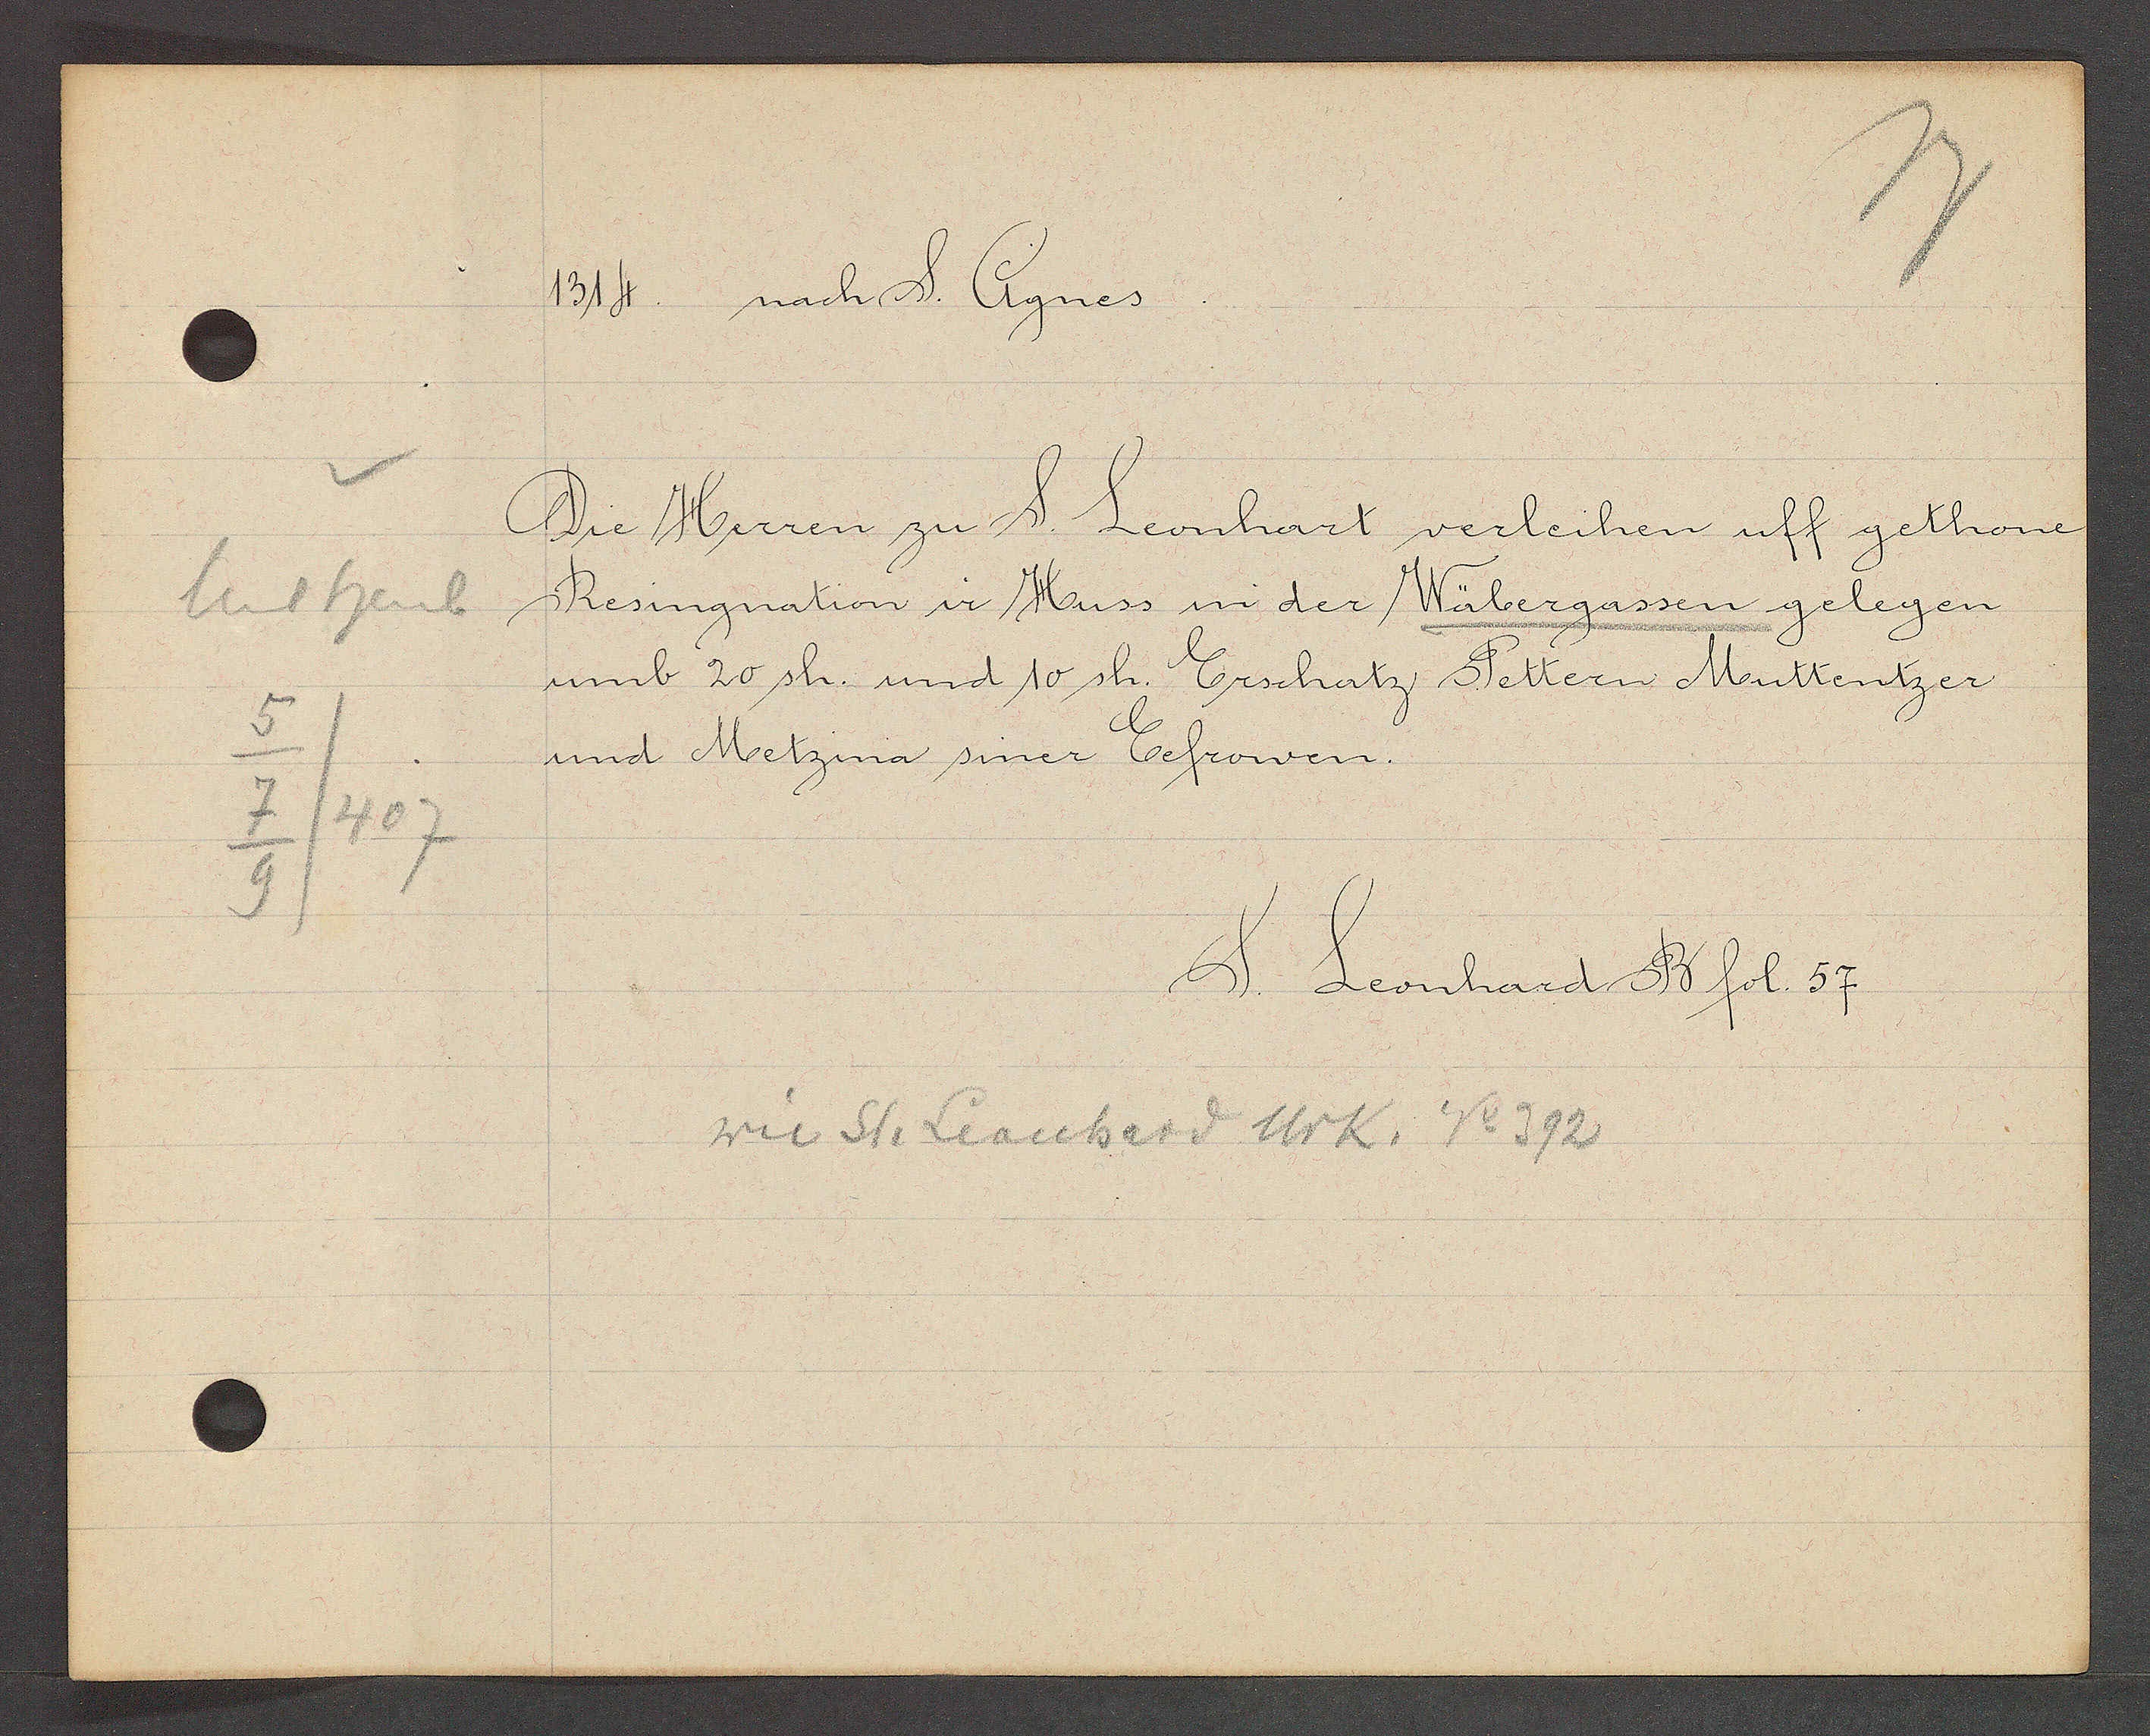
Transcript:
heuberg
5
7
/407
9

1314. nach S. Agnes

Die Herren zu S. Leonhart verleihen uff gethone
Resingnation ir Huss in der Wäbergassen gelegen
umb 20 sh. und 10 sh. Erschatz Pettern Muttentzer
und Metzina siner Eefrowen.

wie St. Leonhard Urk. No 392

S. Leonhard B fol. 57